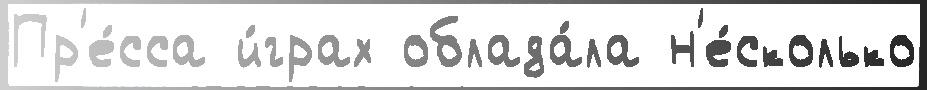
Пр'е́сса и́грах облада́ла н'е́сколько